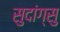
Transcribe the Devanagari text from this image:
सुदांग्सु